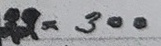
22 = 300